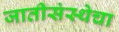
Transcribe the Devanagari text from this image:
जातीसंस्थेचा